Punjab Mental Hospital Lahore 1922-31 - 1922-1931
Year: 1922
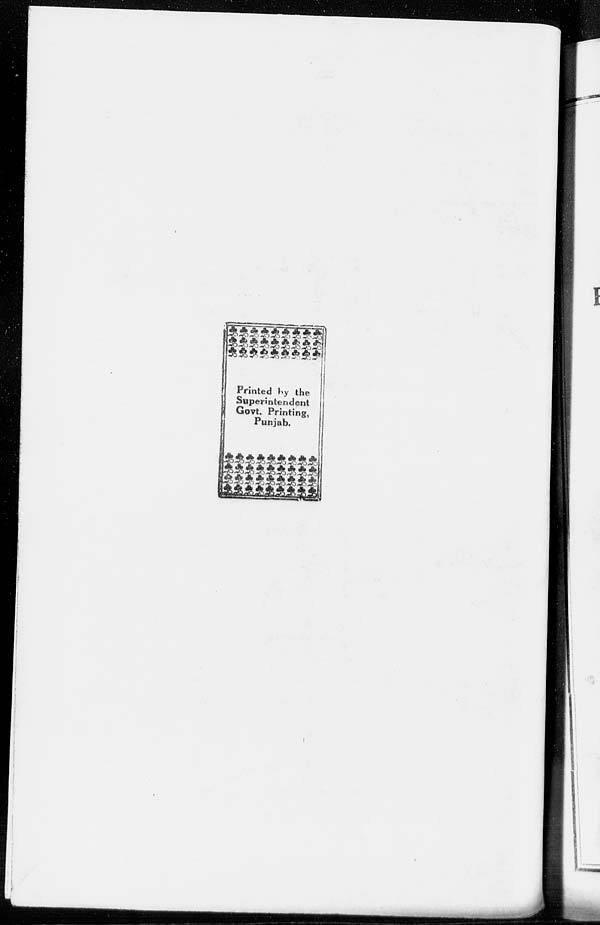
Printed by the
Superintendent
Govt. Printing,
Punjab.